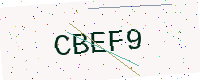
Text: CBEF9